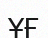
ҰҒ